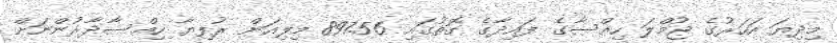
މިދިޔަ އަހަރުގެ ޖުމްލަ ހިއްސާގެ ފައިދާގެ ގޮތުގައި 897.56 މިލިއަން ރުފިޔާ ހިއްސާދާރުންނަށް